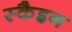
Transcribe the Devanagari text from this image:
स्कैइन